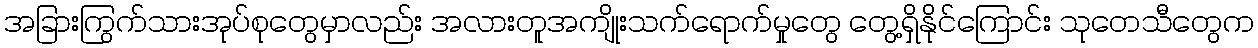
အခြားကြွက်သားအုပ်စုတွေမှာလည်း အလားတူအကျိုးသက်ရောက်မှုတွေ တွေ့ရှိနိုင်ကြောင်း သုတေသီတွေက